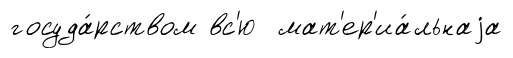
госуда́рством вс'ю мат'ер'иа́льнаjа